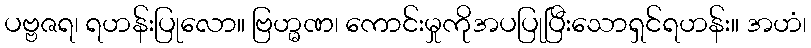
ပဗ္ဗဇရ၊ ရဟန်းပြုလော။ ဗြဟ္မဏ၊ ကောင်းမှုကိုအပပြုပြီးသောရှင်ရဟန်း။ အဟံ၊